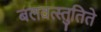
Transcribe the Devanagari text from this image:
बलवत्स्तुतिते